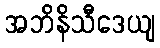
အဘိနိသီဒေယျ